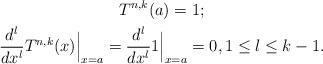
LaTeX: \begin{gather*}T^{n,k}(a)=1;\\\frac{d^l}{dx^l}T^{n,k}(x)\Big|_{x=a}=\frac{d^l}{dx^l}1\Big|_{x=a}=0, 1\leq l\leq k-1.\end{gather*}